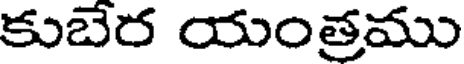
కుబేర యంత్రము